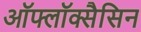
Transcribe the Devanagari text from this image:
ऑफ्लॉक्सैसिन